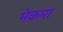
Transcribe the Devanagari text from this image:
भेकमा